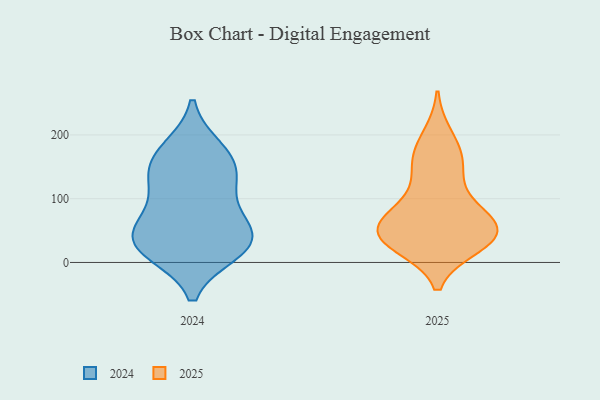
{"axis": {"x": "Conversion Rate (%)", "y": "Value"}, "legend": ["2024", "2025"], "data": [{"x": "", "y": 124, "type": "2024"}, {"x": "", "y": 147, "type": "2024"}, {"x": "", "y": 45, "type": "2024"}, {"x": "", "y": 23, "type": "2024"}, {"x": "", "y": 178, "type": "2024"}, {"x": "", "y": 172, "type": "2024"}, {"x": "", "y": 17, "type": "2024"}, {"x": "", "y": 25, "type": "2024"}, {"x": "", "y": 26, "type": "2024"}, {"x": "", "y": 59, "type": "2024"}, {"x": "", "y": 56, "type": "2024"}, {"x": "", "y": 98, "type": "2024"}, {"x": "", "y": 142, "type": "2024"}, {"x": "", "y": 48, "type": "2025"}, {"x": "", "y": 67, "type": "2025"}, {"x": "", "y": 141, "type": "2025"}, {"x": "", "y": 43, "type": "2025"}, {"x": "", "y": 40, "type": "2025"}, {"x": "", "y": 41, "type": "2025"}, {"x": "", "y": 197, "type": "2025"}, {"x": "", "y": 50, "type": "2025"}, {"x": "", "y": 168, "type": "2025"}, {"x": "", "y": 28, "type": "2025"}, {"x": "", "y": 84, "type": "2025"}, {"x": "", "y": 87, "type": "2025"}, {"x": "", "y": 36, "type": "2025"}, {"x": "", "y": 156, "type": "2025"}]}